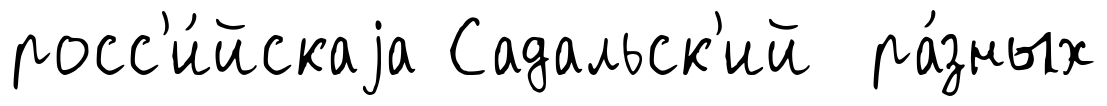
росс'и́йскаjа Садальск'ий ра́зных